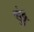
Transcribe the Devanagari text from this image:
सुंद्र